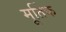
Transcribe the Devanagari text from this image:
मूर्तिक